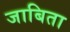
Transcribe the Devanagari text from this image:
जाबिता